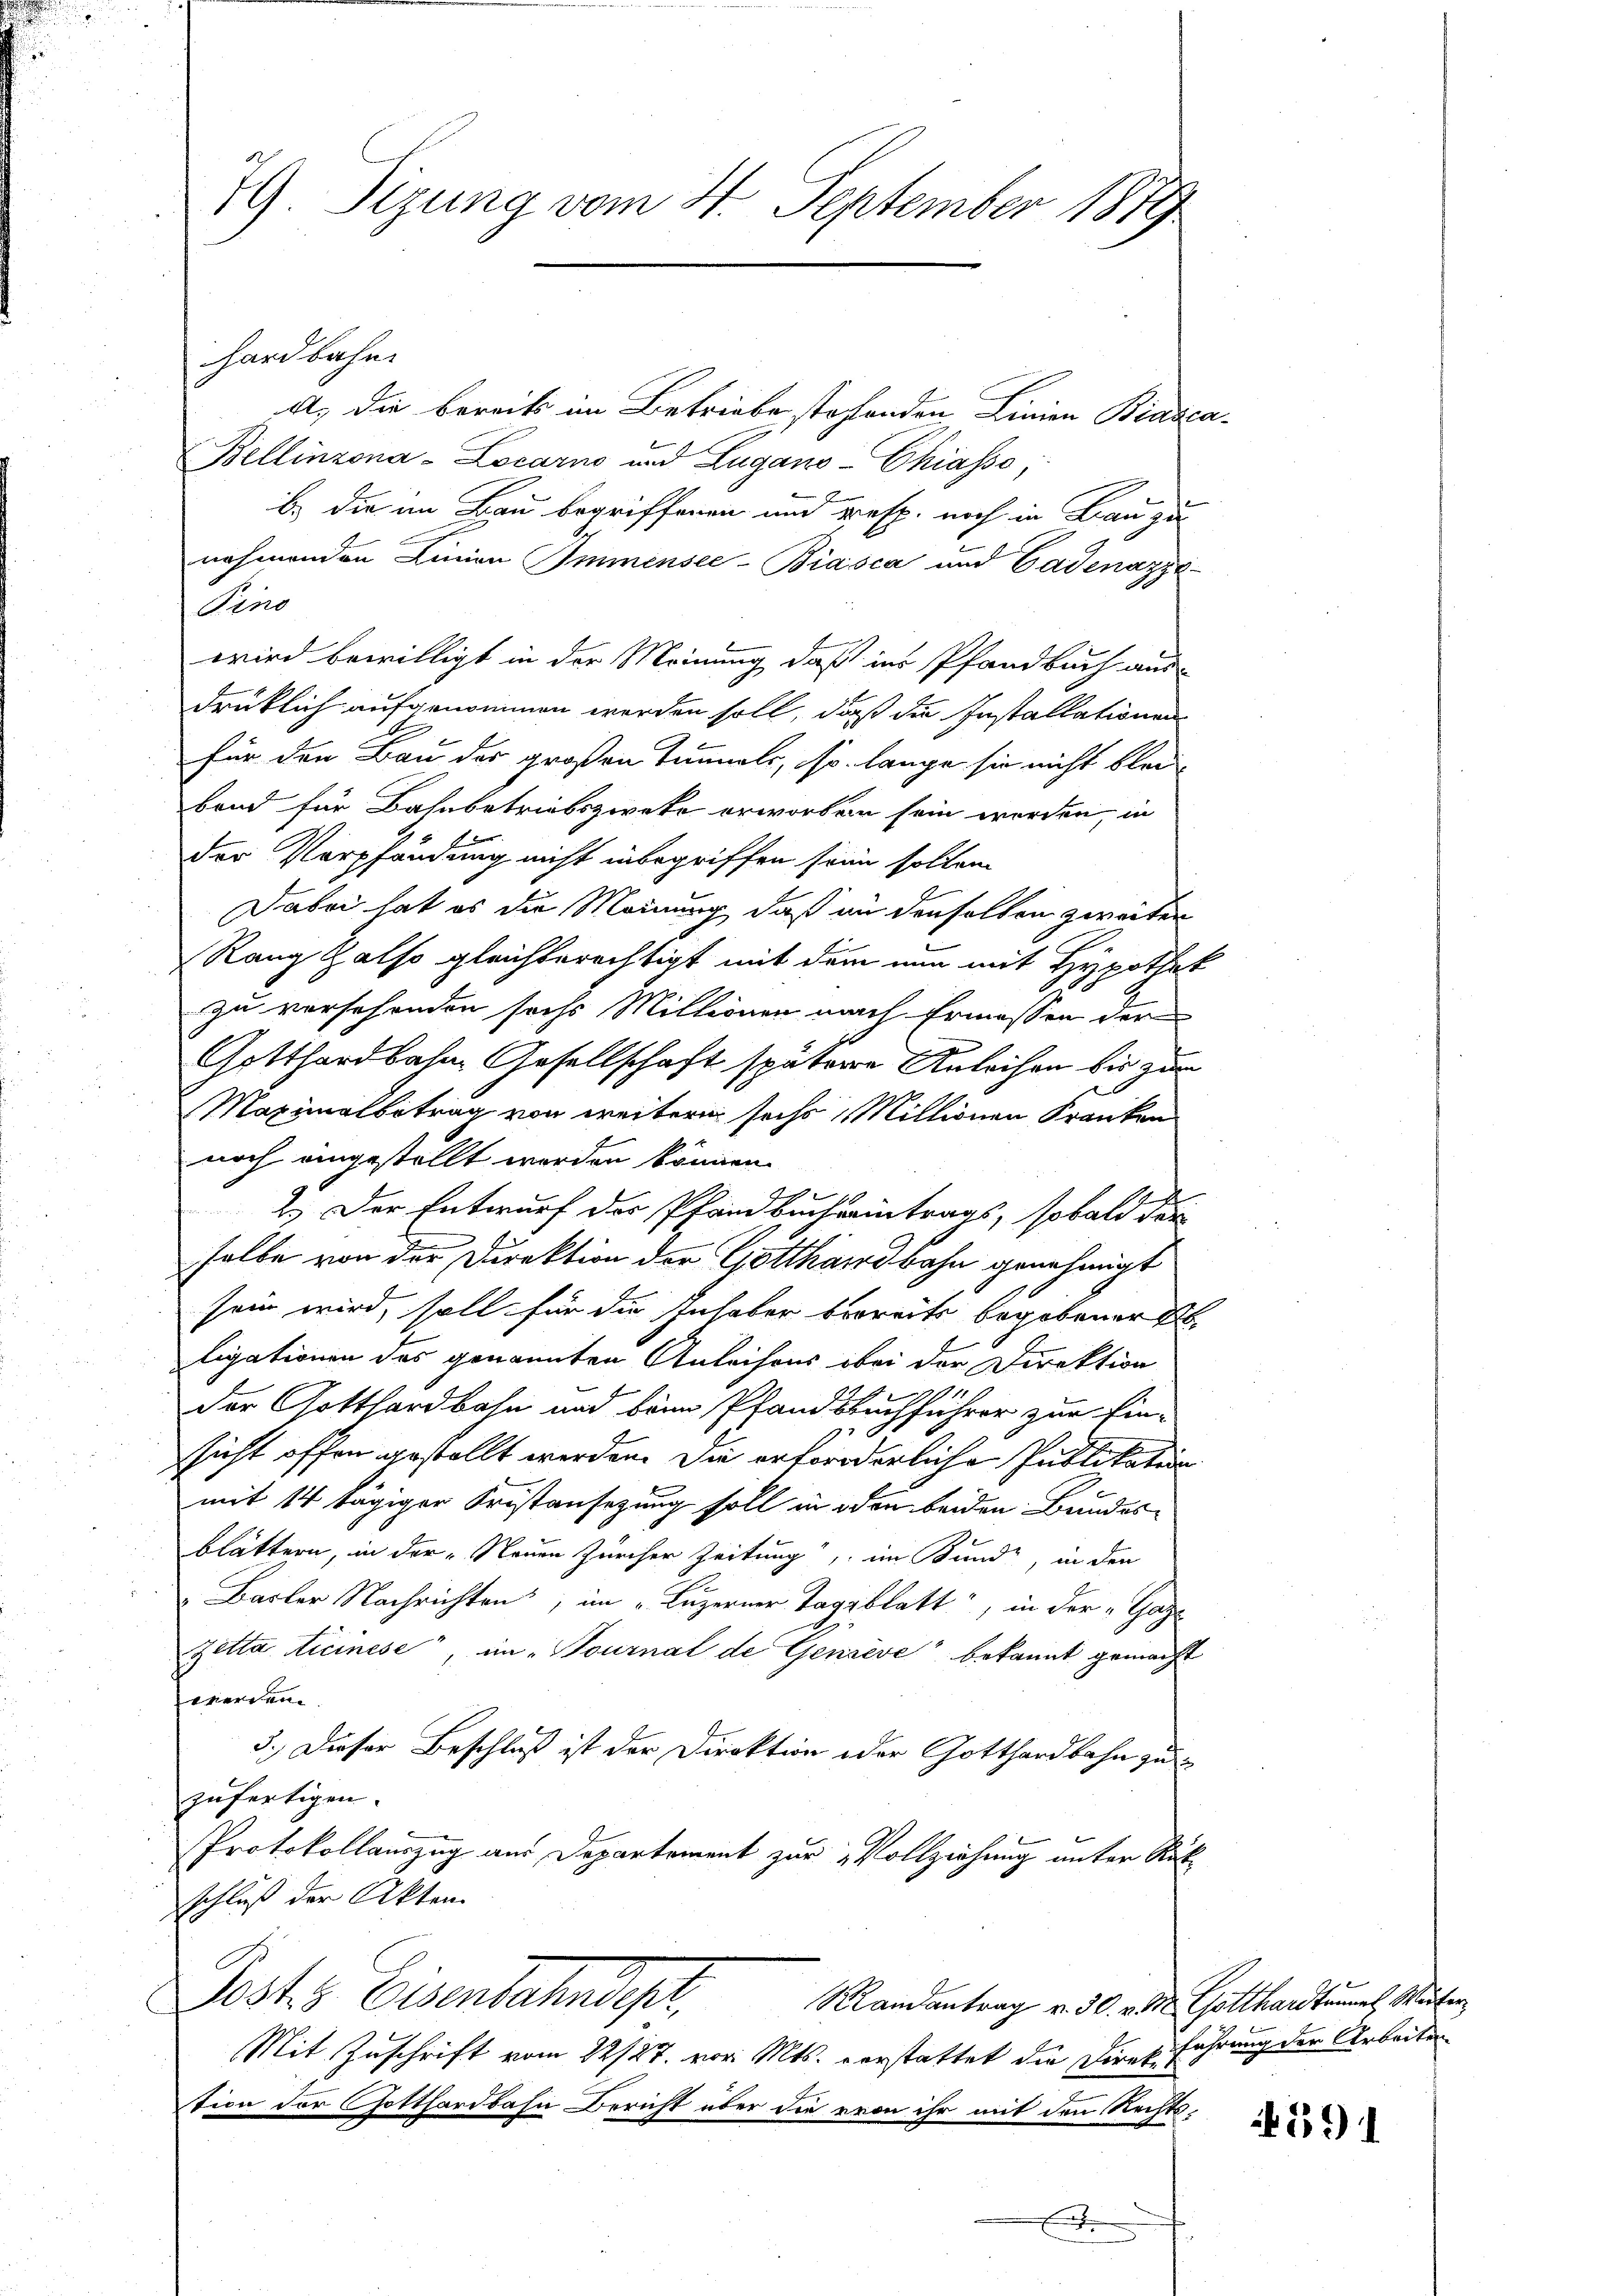
79 Sizung vom 4. September 1879

A. die bereits im Betriebe stehenden Linien Biasca
Bellinzona-Locarno und Zugano-Chiasso,
b. die im Bau begriffenen und resp. noch in Bau zu
nehmenden Linien Immensee-Biasca und Cadenazze
Sind
wird bewilligt in der Meinung, daß ins Pfandbuch aus-
drüklich aufgenommen werden soll, daß die Installationen
für den Bau der großen Tunnels, so lange sie nicht blei-
band für Bahnbetriebszwecke erworben sein werden, in
Der Verpfändung nicht inbegriffen sein sollen.
Dabei hat es die Meinung, daß an denselben zweiten
Rang also gleichberechtigt mit dem nun mit Hypothek
zu versehenden sechs Millionen nach Ermessen der
Gotthardbahne Gesellschaft spätere Anleihen bis zum
Maximalbetrag von weitern sechs Millionen Kranken
noch eingestellt werden können.
2.) Der Entwurf der Pfandbucheintrags, sobald der
selbe von der Direktion der Gotthardbahn genehmigt
sein wird, soll für die Inhaber bereits begebener St
ligationen des genannten Anleihens bei der Direktion
der Gotthardbahn und beim Pfandsbuchführer zur Ein-
sicht offen gestellt werden. Die erforderliche Publikation
mit 14 tägiger Fristansezung soll in den beiden Bundes-
blättern, in der „Neuen Zürcher Zeitung, im Bunde, in der
" Basler Nachrichten, im „Luzerner Tagblatt“, in der „Gaze
Zetta dicinese, in Tournal de Gensive bekannt gemacht
werden
3.) Dieser Beschluß ist der Direktion oder Gotthardbahn zu
zufertigen.
Protokollauszug aus Departement zur Vollziehung unter Rükschluß der Akten.
Fests Eisenbahndepr
Randantrag v. 30. v. M. Gotthardtrumel Winter
Mit Zuschrift vom 22/27. vor. Mts. vorstattet die Direk fahrung der Arbeiten
tion der Gotthardbahn Bericht über die von ihr mit den Rechts¬

hardbahn

591